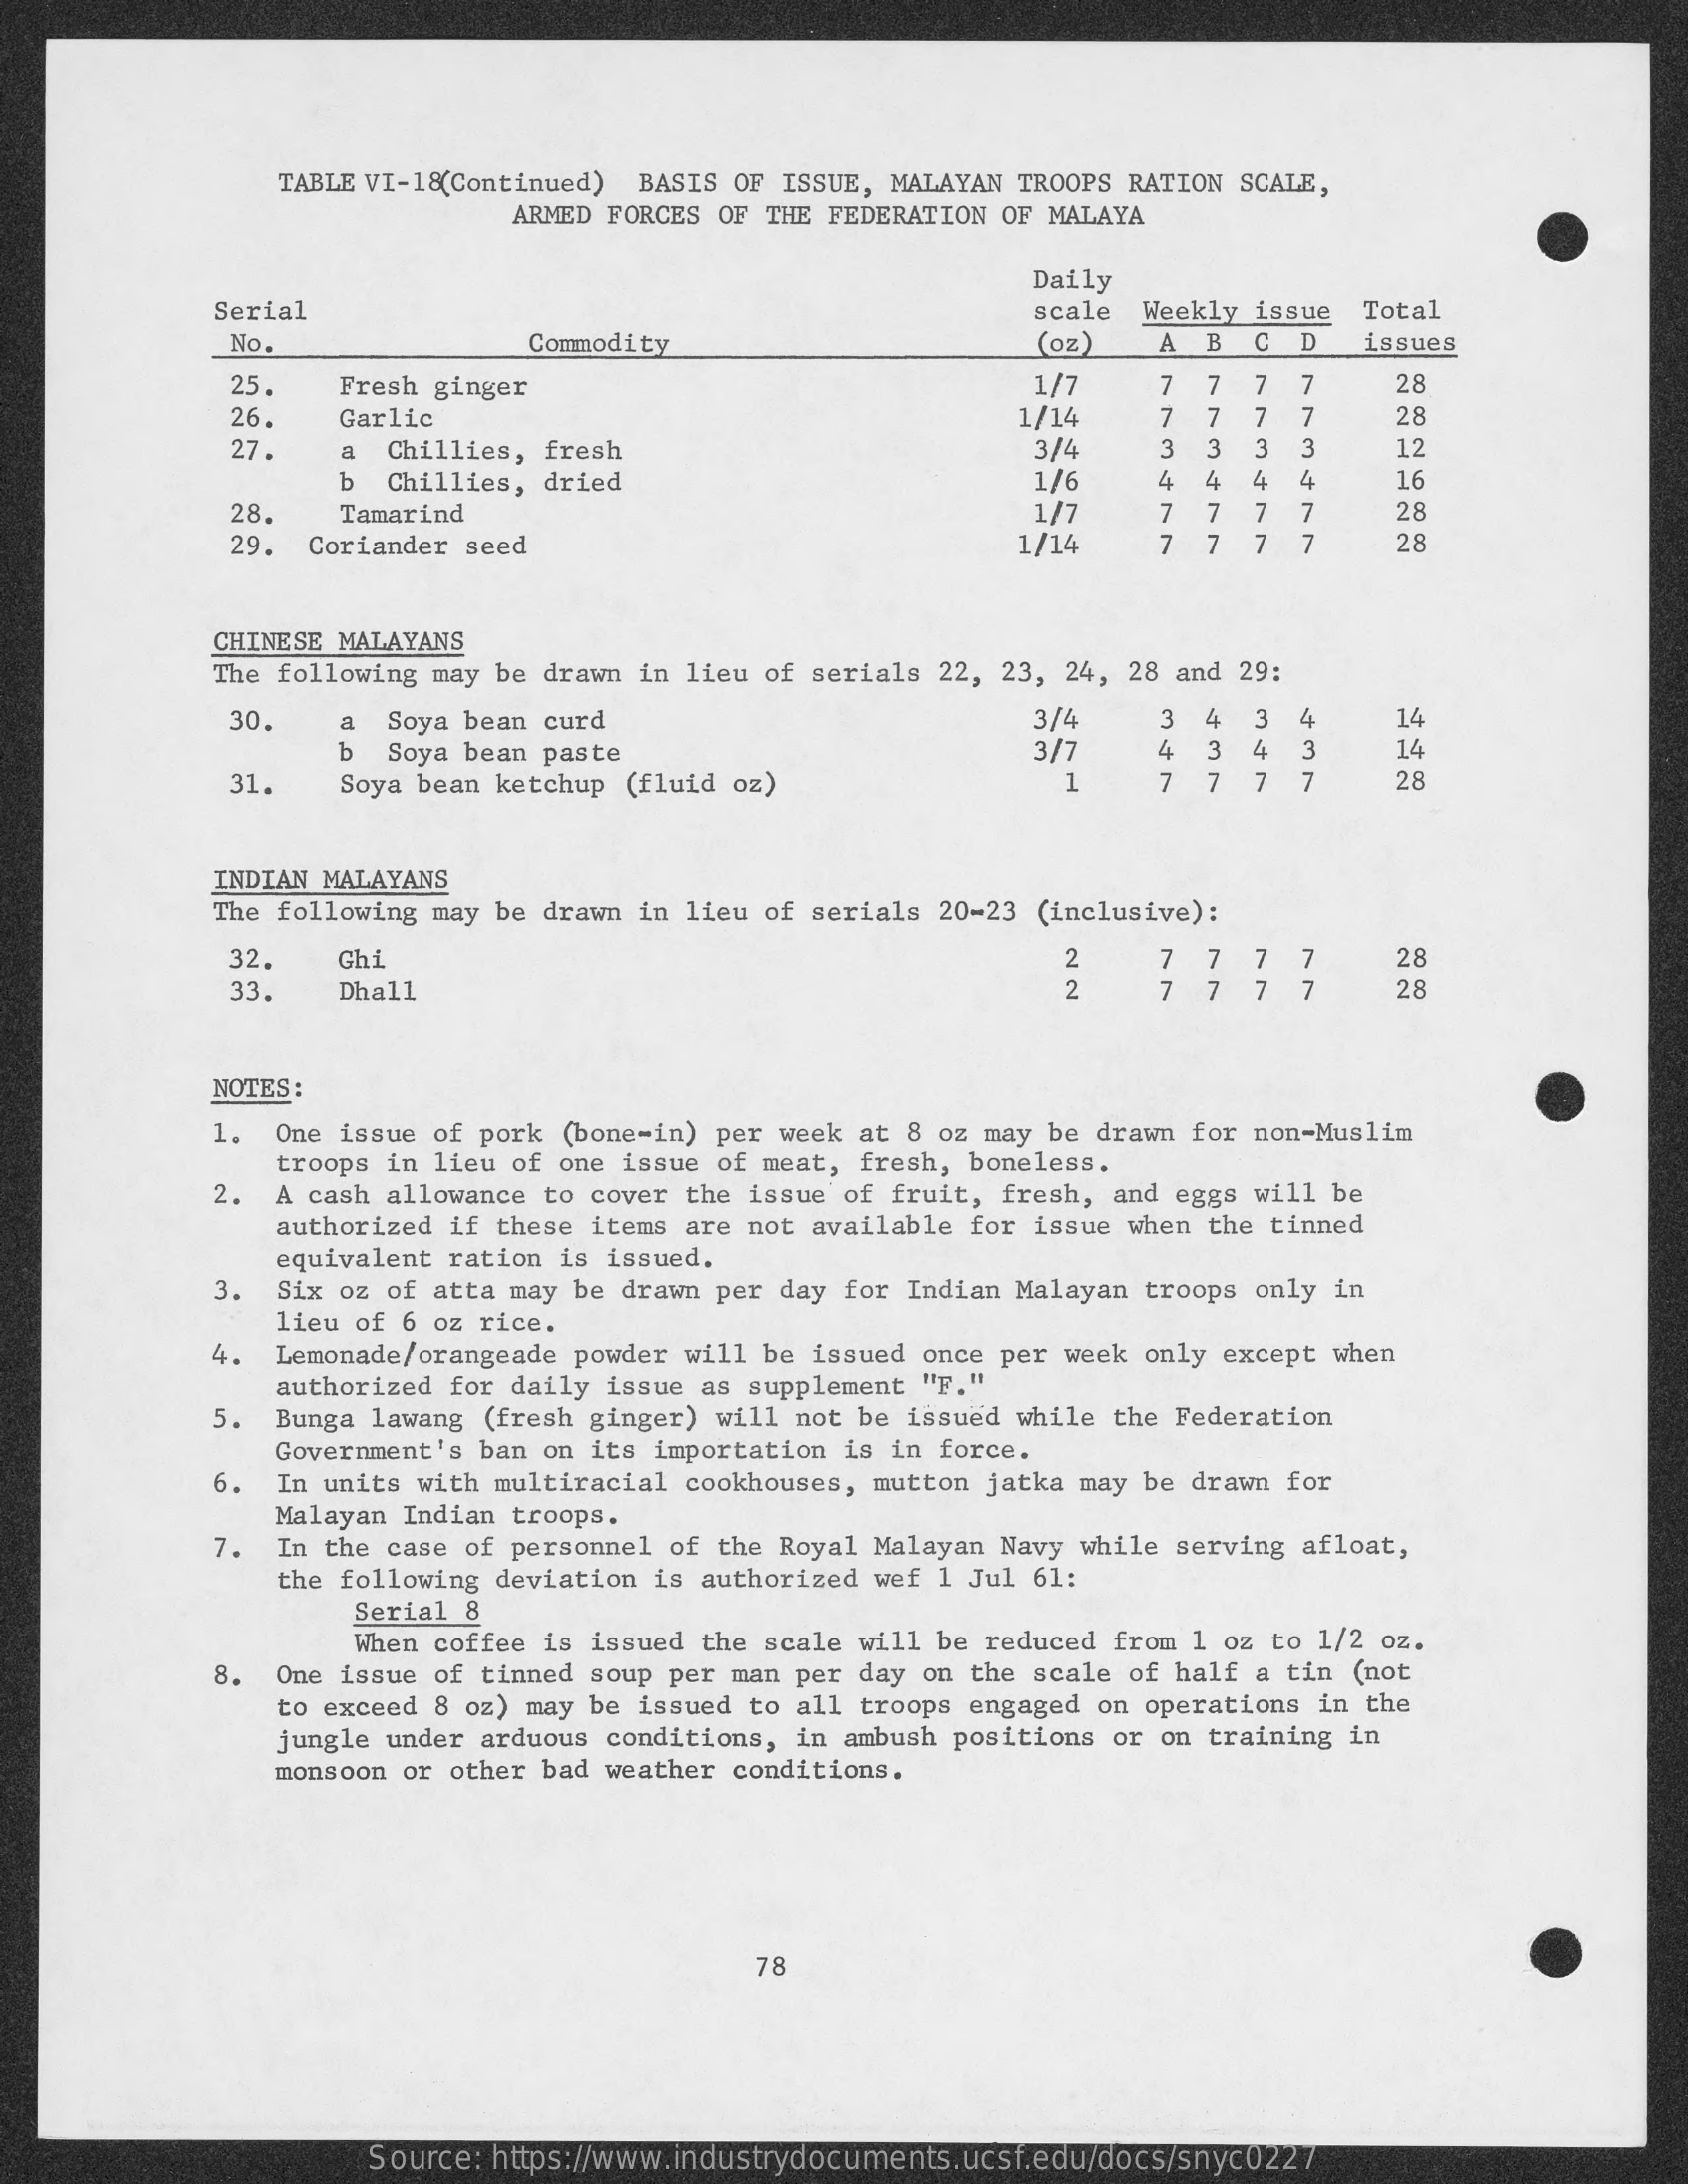
TABLE VI-18(Continued) BASIS OF ISSUE, MALAYAN TROOPS RATION SCALE,
     ARMED FORCES OF THE FEDERATION OF MALAYA
     Daily
     Serial    scale Weekly issue Total
     No.    Commodity    (oz)  A  B C    issues
     25.  Fresh ginger    1/7   7  7 7  7    28
     26.  Garlic    1/14   7 7  7  7    28
     27.  a  Chillies, fresh    3/4   3  3 3  3    12
     b  Chillies, dried    1/6    4    4 4    16
     28.  Tamarind    1/7
     4
     7  7 7  7    28
     29. Coriander seed    1/14   7  7 7    28
     CHINESE MALAYANS
     The following may be drawn in lieu of serials 22, 23, 24, 28 and 29:
     30.  a  Soya bean curd    3/4   3 4  3  4    14
     b  Soya bean paste    3/7    4  3 4  3    14
     31   Soya bean ketchup (fluid oz)    1    7  7 7  7    28
     INDIAN MALAYANS
     The following may be drawn in lieu of serials 20-23 (inclusive) :
     32.  Ghi    2    7  7 7  7    28
     33.  Dhall    7  7 7  7    28
     NOTES:
     1. One issue of pork (bone-in) per week at 8 oz may be drawn for non-Muslim
     troops in lieu of one issue of meat, fresh, boneless.
     2. A cash allowance to cover the issue of fruit, fresh, and eggs will be
     authorized if these items are not available for issue when the tinned
     equivalent ration is issued.
     3. Six oz of atta may be drawn per day for Indian Malayan troops only in
     lieu of 6 oz rice.
     4. Lemonade/orangeade powder will be issued once per week only except when
     authorized for daily issue as supplement "F."
     5. Bunga lawang (fresh ginger) will not be issued while the Federation
     Government's ban on its importation is in force.
     6. In units with multiracial cookhouses, mutton jatka may be drawn for
     Malayan Indian troops.
     7. In the case of personnel of the Royal Malayan Navy while serving afloat,
     the following deviation is authorized wef 1 Jul 61:
     Serial 8
     When coffee is issued the scale will be reduced from 1 oz to 1/2 oz.
     8. One issue of tinned soup per man per day on the scale of half a tin (not
     to exceed 8 oz) may be issued to all troops engaged on operations in the
     jungle under arduous conditions, in ambush positions or on training in
     monsoon or other bad weather conditions.
     78
     Source: https://www.industrydocuments.ucsf.edu/docs/snyc0227